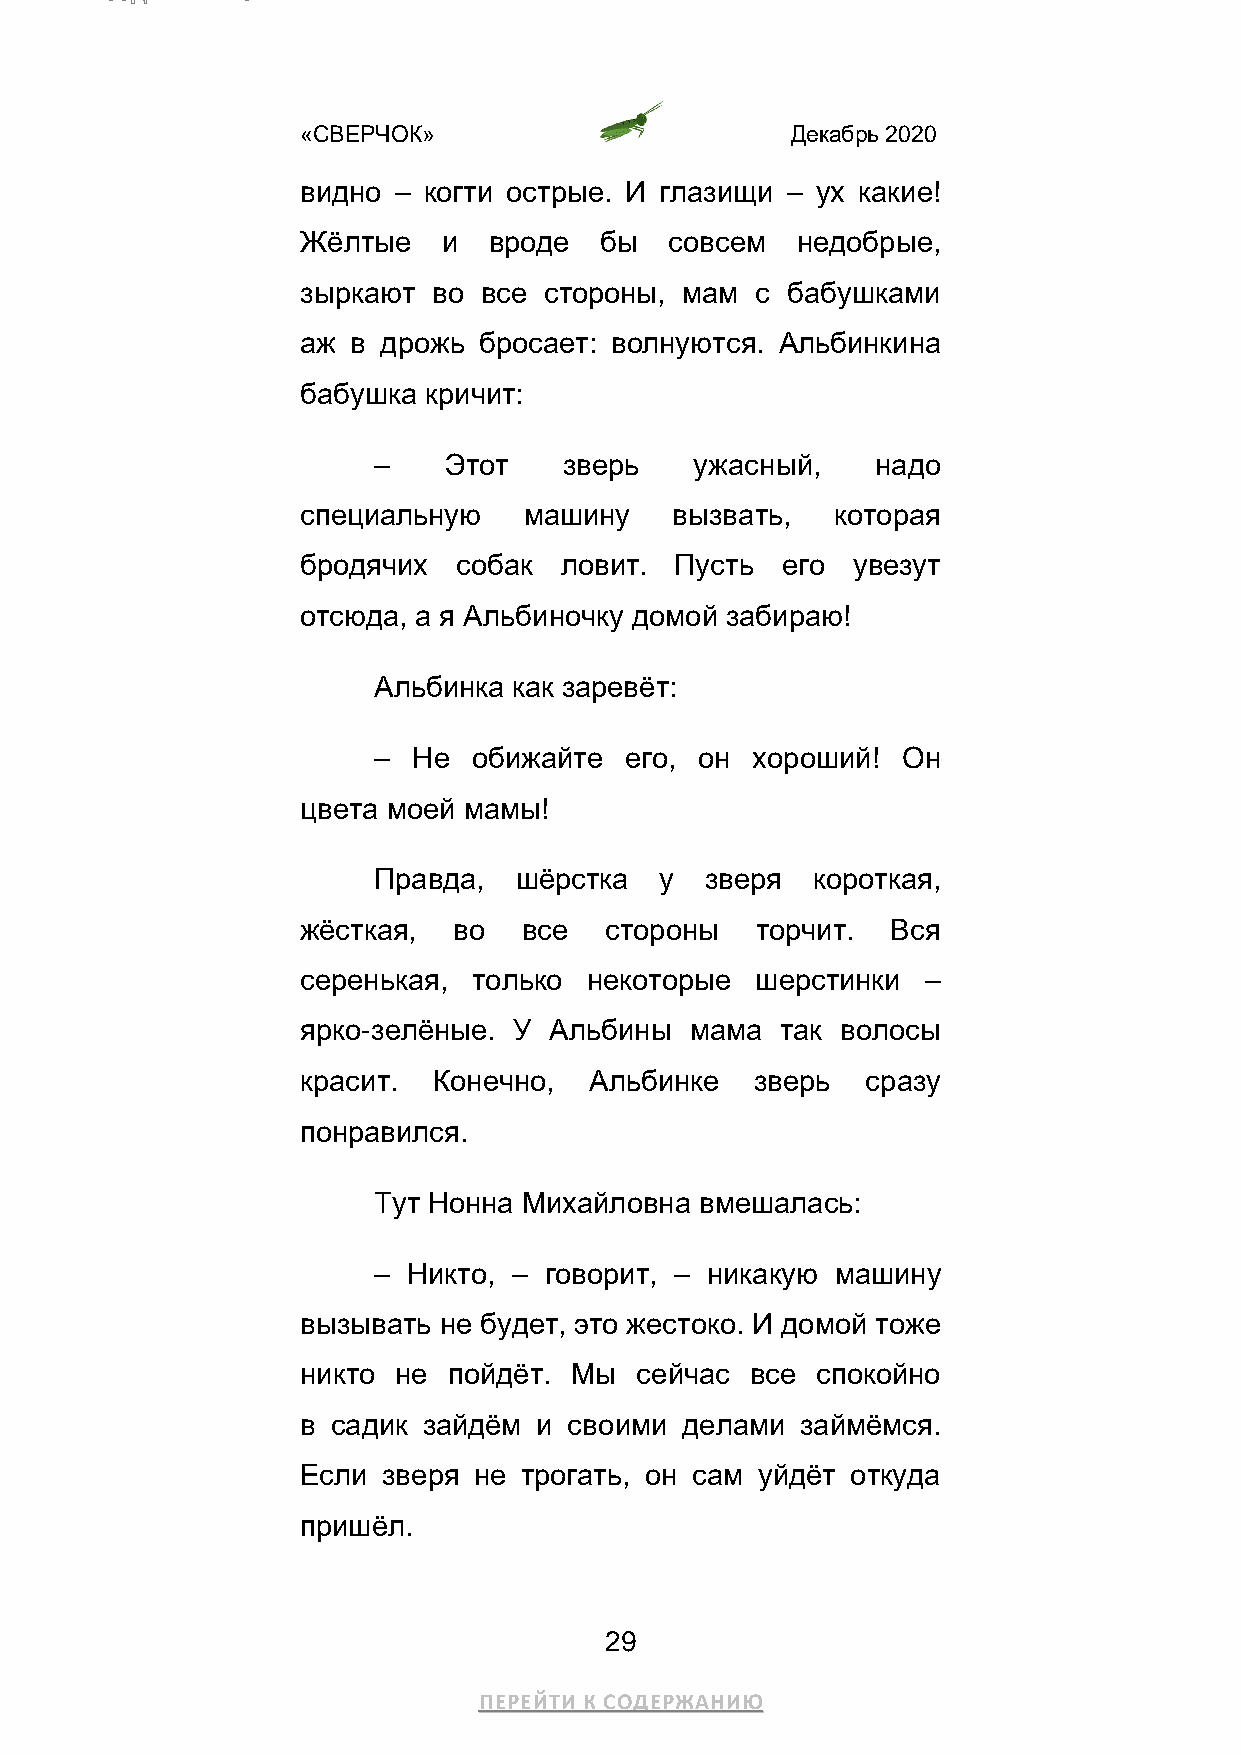
«СВЕРЧОК»                       Декабрь 2020
 видно – когти острые. И глазищи – ух какие!
 Жёлтые   и  вроде   бы  совсем   недобрые,
 зыркают  во все стороны, мам  с бабушками
 аж в дрожь  бросает: волнуются. Альбинкина
 бабушка кричит:
 –   Этот    зверь    ужасный,    надо
 специальную    машину    вызвать,  которая
 бродячих  собак  ловит.  Пусть  его увезут
 отсюда, а я Альбиночку домой забираю!
 Альбинка как заревёт:
 – Не  обижайте  его, он  хороший!  Он
 цвета моей мамы!
 Правда,  шёрстка   у  зверя  короткая,
 жёсткая,  во   все  стороны   торчит.  Вся
 серенькая, только  некоторые  шерстинки  –
 ярко-зелёные. У Альбины   мама  так волосы
 красит.  Конечно,  Альбинке   зверь  сразу
 понравился.
 Тут Нонна Михайловна вмешалась:
 – Никто, – говорит, – никакую машину
 вызывать не будет, это жестоко. И домой тоже
 никто не  пойдёт. Мы  сейчас  все спокойно
 в садик зайдём  и своими делами  займёмся.
 Если зверя не  трогать, он сам уйдёт откуда
 пришёл.
 29
 ПЕРЕЙТИ К СОДЕРЖАНИЮ